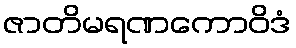
ဇာတိမရဏကောဝိဒံ